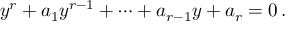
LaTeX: y ^ { r } + a _ { 1 } y ^ { r - 1 } + \cdots + a _ { r - 1 } y + a _ { r } = 0 \, .